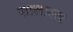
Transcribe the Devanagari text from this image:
सालालर